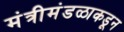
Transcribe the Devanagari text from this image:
मंत्रीमंडळाकडून